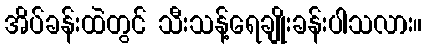
အိပ်ခန်းထဲတွင် သီးသန့်ရေချိုးခန်းပါသလား။